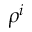
\rho ^ { i }